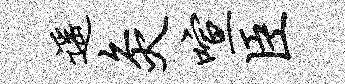
遥灸喧臣